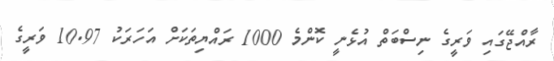
ރާއްޖޭގައި ވަރީގެ ނިސްބަތް އުޅެނީ ކޮންމެ 1000 ރައްޔިތަކަށް އަހަރަކު 10.97 ވަރީގެ